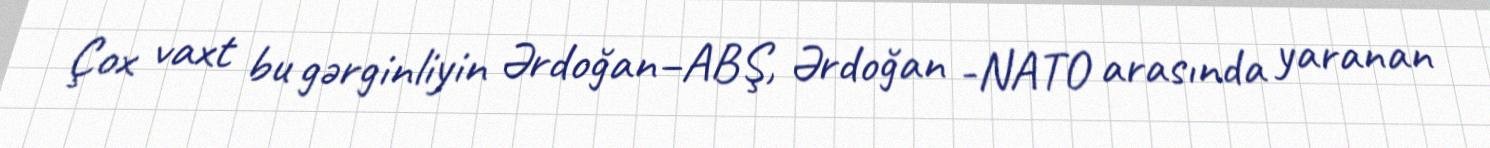
Çox vaxt bu gərginliyin Ərdoğan–ABŞ, Ərdoğan -NATO arasında yaranan